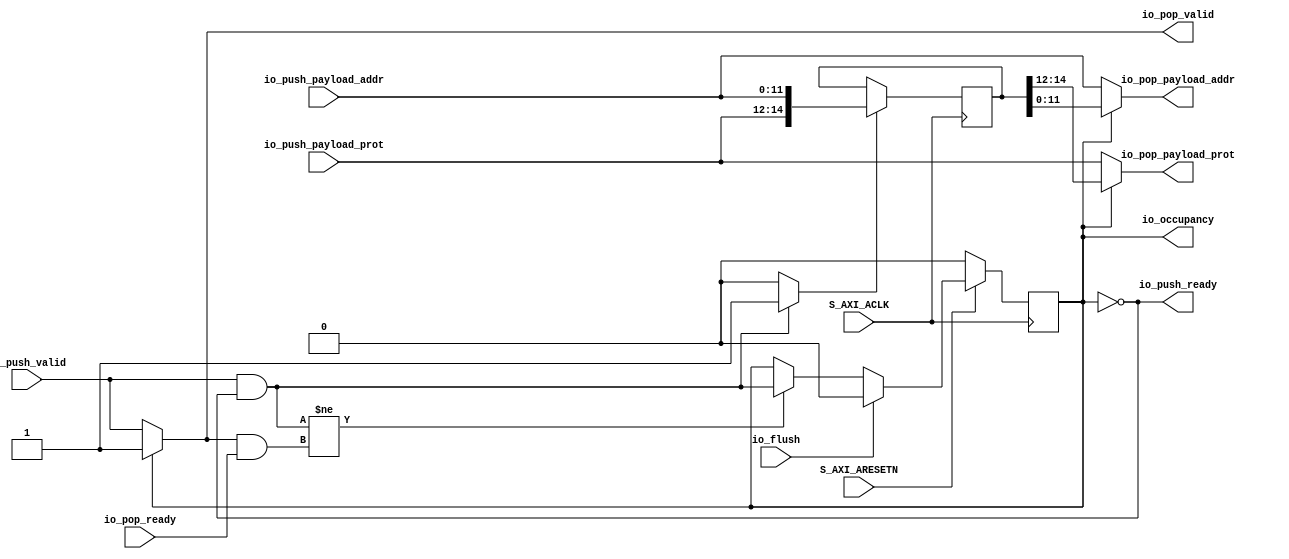
// Generator : SpinalHDL v1.3.6    git head : 10854057c32ae371aabc9a340c367e9bbc159fcd
// Component : AXI4LiteSlave


module StreamFifoLowLatency (
      input   io_push_valid,
      output  io_push_ready,
      input  [11:0] io_push_payload_addr,
      input  [2:0] io_push_payload_prot,
      output reg  io_pop_valid,
      input   io_pop_ready,
      output reg [11:0] io_pop_payload_addr,
      output reg [2:0] io_pop_payload_prot,
      input   io_flush,
      output [0:0] io_occupancy,
      input   S_AXI_ACLK,
      input   S_AXI_ARESETN);
  wire  _zz_5_;
  reg  _zz_1_;
  reg  pushPtr_willIncrement;
  reg  pushPtr_willClear;
  wire  pushPtr_willOverflowIfInc;
  wire  pushPtr_willOverflow;
  reg  popPtr_willIncrement;
  reg  popPtr_willClear;
  wire  popPtr_willOverflowIfInc;
  wire  popPtr_willOverflow;
  wire  ptrMatch;
  reg  risingOccupancy;
  wire  empty;
  wire  full;
  wire  pushing;
  wire  popping;
  wire [14:0] _zz_2_;
  wire [14:0] _zz_3_;
  reg [14:0] _zz_4_;
  assign _zz_5_ = (! empty);
  always @ (*) begin
    _zz_1_ = 1'b0;
    if(pushing)begin
      _zz_1_ = 1'b1;
    end
  end

  always @ (*) begin
    pushPtr_willIncrement = 1'b0;
    if(pushing)begin
      pushPtr_willIncrement = 1'b1;
    end
  end

  always @ (*) begin
    pushPtr_willClear = 1'b0;
    if(io_flush)begin
      pushPtr_willClear = 1'b1;
    end
  end

  assign pushPtr_willOverflowIfInc = 1'b1;
  assign pushPtr_willOverflow = (pushPtr_willOverflowIfInc && pushPtr_willIncrement);
  always @ (*) begin
    popPtr_willIncrement = 1'b0;
    if(popping)begin
      popPtr_willIncrement = 1'b1;
    end
  end

  always @ (*) begin
    popPtr_willClear = 1'b0;
    if(io_flush)begin
      popPtr_willClear = 1'b1;
    end
  end

  assign popPtr_willOverflowIfInc = 1'b1;
  assign popPtr_willOverflow = (popPtr_willOverflowIfInc && popPtr_willIncrement);
  assign ptrMatch = 1'b1;
  assign empty = (ptrMatch && (! risingOccupancy));
  assign full = (ptrMatch && risingOccupancy);
  assign pushing = (io_push_valid && io_push_ready);
  assign popping = (io_pop_valid && io_pop_ready);
  assign io_push_ready = (! full);
  always @ (*) begin
    if(_zz_5_)begin
      io_pop_valid = 1'b1;
    end else begin
      io_pop_valid = io_push_valid;
    end
  end

  assign _zz_2_ = _zz_3_;
  always @ (*) begin
    if(_zz_5_)begin
      io_pop_payload_addr = _zz_2_[11 : 0];
    end else begin
      io_pop_payload_addr = io_push_payload_addr;
    end
  end

  always @ (*) begin
    if(_zz_5_)begin
      io_pop_payload_prot = _zz_2_[14 : 12];
    end else begin
      io_pop_payload_prot = io_push_payload_prot;
    end
  end

  assign io_occupancy = (risingOccupancy && ptrMatch);
  assign _zz_3_ = _zz_4_;
  always @ (posedge S_AXI_ACLK) begin
    if(!S_AXI_ARESETN) begin
      risingOccupancy <= 1'b0;
    end else begin
      if((pushing != popping))begin
        risingOccupancy <= pushing;
      end
      if(io_flush)begin
        risingOccupancy <= 1'b0;
      end
    end
  end

  always @ (posedge S_AXI_ACLK) begin
    if(_zz_1_)begin
      _zz_4_ <= {io_push_payload_prot,io_push_payload_addr};
    end
  end

endmodule

module StreamFifoLowLatency_1_ (
      input   io_push_valid,
      output  io_push_ready,
      input  [31:0] io_push_payload_data,
      input  [3:0] io_push_payload_strobe,
      output reg  io_pop_valid,
      input   io_pop_ready,
      output reg [31:0] io_pop_payload_data,
      output reg [3:0] io_pop_payload_strobe,
      input   io_flush,
      output [0:0] io_occupancy,
      input   S_AXI_ACLK,
      input   S_AXI_ARESETN);
  wire  _zz_5_;
  reg  _zz_1_;
  reg  pushPtr_willIncrement;
  reg  pushPtr_willClear;
  wire  pushPtr_willOverflowIfInc;
  wire  pushPtr_willOverflow;
  reg  popPtr_willIncrement;
  reg  popPtr_willClear;
  wire  popPtr_willOverflowIfInc;
  wire  popPtr_willOverflow;
  wire  ptrMatch;
  reg  risingOccupancy;
  wire  empty;
  wire  full;
  wire  pushing;
  wire  popping;
  wire [35:0] _zz_2_;
  wire [35:0] _zz_3_;
  reg [35:0] _zz_4_;
  assign _zz_5_ = (! empty);
  always @ (*) begin
    _zz_1_ = 1'b0;
    if(pushing)begin
      _zz_1_ = 1'b1;
    end
  end

  always @ (*) begin
    pushPtr_willIncrement = 1'b0;
    if(pushing)begin
      pushPtr_willIncrement = 1'b1;
    end
  end

  always @ (*) begin
    pushPtr_willClear = 1'b0;
    if(io_flush)begin
      pushPtr_willClear = 1'b1;
    end
  end

  assign pushPtr_willOverflowIfInc = 1'b1;
  assign pushPtr_willOverflow = (pushPtr_willOverflowIfInc && pushPtr_willIncrement);
  always @ (*) begin
    popPtr_willIncrement = 1'b0;
    if(popping)begin
      popPtr_willIncrement = 1'b1;
    end
  end

  always @ (*) begin
    popPtr_willClear = 1'b0;
    if(io_flush)begin
      popPtr_willClear = 1'b1;
    end
  end

  assign popPtr_willOverflowIfInc = 1'b1;
  assign popPtr_willOverflow = (popPtr_willOverflowIfInc && popPtr_willIncrement);
  assign ptrMatch = 1'b1;
  assign empty = (ptrMatch && (! risingOccupancy));
  assign full = (ptrMatch && risingOccupancy);
  assign pushing = (io_push_valid && io_push_ready);
  assign popping = (io_pop_valid && io_pop_ready);
  assign io_push_ready = (! full);
  always @ (*) begin
    if(_zz_5_)begin
      io_pop_valid = 1'b1;
    end else begin
      io_pop_valid = io_push_valid;
    end
  end

  assign _zz_2_ = _zz_3_;
  always @ (*) begin
    if(_zz_5_)begin
      io_pop_payload_data = _zz_2_[31 : 0];
    end else begin
      io_pop_payload_data = io_push_payload_data;
    end
  end

  always @ (*) begin
    if(_zz_5_)begin
      io_pop_payload_strobe = _zz_2_[35 : 32];
    end else begin
      io_pop_payload_strobe = io_push_payload_strobe;
    end
  end

  assign io_occupancy = (risingOccupancy && ptrMatch);
  assign _zz_3_ = _zz_4_;
  always @ (posedge S_AXI_ACLK) begin
    if(!S_AXI_ARESETN) begin
      risingOccupancy <= 1'b0;
    end else begin
      if((pushing != popping))begin
        risingOccupancy <= pushing;
      end
      if(io_flush)begin
        risingOccupancy <= 1'b0;
      end
    end
  end

  always @ (posedge S_AXI_ACLK) begin
    if(_zz_1_)begin
      _zz_4_ <= {io_push_payload_strobe,io_push_payload_data};
    end
  end

endmodule

module StreamFifo (
      input   io_push_valid,
      output  io_push_ready,
      input  [1:0] io_push_payload,
      output  io_pop_valid,
      input   io_pop_ready,
      output [1:0] io_pop_payload,
      input   io_flush,
      output [0:0] io_occupancy,
      output [0:0] io_availability,
      input   S_AXI_ACLK,
      input   S_AXI_ARESETN);
  wire  io_push_m2sPipe_valid;
  wire  io_push_m2sPipe_ready;
  wire [1:0] io_push_m2sPipe_payload;
  reg  _zz_1_;
  reg [1:0] _zz_2_;
  assign io_push_ready = ((1'b1 && (! io_push_m2sPipe_valid)) || io_push_m2sPipe_ready);
  assign io_push_m2sPipe_valid = _zz_1_;
  assign io_push_m2sPipe_payload = _zz_2_;
  assign io_pop_valid = io_push_m2sPipe_valid;
  assign io_push_m2sPipe_ready = io_pop_ready;
  assign io_pop_payload = io_push_m2sPipe_payload;
  assign io_occupancy = io_pop_valid;
  assign io_availability = (! io_pop_valid);
  always @ (posedge S_AXI_ACLK) begin
    if(!S_AXI_ARESETN) begin
      _zz_1_ <= 1'b0;
    end else begin
      if(io_push_ready)begin
        _zz_1_ <= io_push_valid;
      end
      if(io_flush)begin
        _zz_1_ <= 1'b0;
      end
    end
  end

  always @ (posedge S_AXI_ACLK) begin
    if(io_push_ready)begin
      _zz_2_ <= io_push_payload;
    end
  end

endmodule


//StreamFifoLowLatency_2_ remplaced by StreamFifoLowLatency

module StreamFifo_1_ (
      input   io_push_valid,
      output  io_push_ready,
      input  [31:0] io_push_payload_data,
      input  [1:0] io_push_payload_resp,
      output  io_pop_valid,
      input   io_pop_ready,
      output [31:0] io_pop_payload_data,
      output [1:0] io_pop_payload_resp,
      input   io_flush,
      output [0:0] io_occupancy,
      output [0:0] io_availability,
      input   S_AXI_ACLK,
      input   S_AXI_ARESETN);
  wire  io_push_m2sPipe_valid;
  wire  io_push_m2sPipe_ready;
  wire [31:0] io_push_m2sPipe_payload_data;
  wire [1:0] io_push_m2sPipe_payload_resp;
  reg  _zz_1_;
  reg [31:0] _zz_2_;
  reg [1:0] _zz_3_;
  assign io_push_ready = ((1'b1 && (! io_push_m2sPipe_valid)) || io_push_m2sPipe_ready);
  assign io_push_m2sPipe_valid = _zz_1_;
  assign io_push_m2sPipe_payload_data = _zz_2_;
  assign io_push_m2sPipe_payload_resp = _zz_3_;
  assign io_pop_valid = io_push_m2sPipe_valid;
  assign io_push_m2sPipe_ready = io_pop_ready;
  assign io_pop_payload_data = io_push_m2sPipe_payload_data;
  assign io_pop_payload_resp = io_push_m2sPipe_payload_resp;
  assign io_occupancy = io_pop_valid;
  assign io_availability = (! io_pop_valid);
  always @ (posedge S_AXI_ACLK) begin
    if(!S_AXI_ARESETN) begin
      _zz_1_ <= 1'b0;
    end else begin
      if(io_push_ready)begin
        _zz_1_ <= io_push_valid;
      end
      if(io_flush)begin
        _zz_1_ <= 1'b0;
      end
    end
  end

  always @ (posedge S_AXI_ACLK) begin
    if(io_push_ready)begin
      _zz_2_ <= io_push_payload_data;
      _zz_3_ <= io_push_payload_resp;
    end
  end

endmodule

module AXI4LiteSlave (
      input   S_AXI_ARVALID,
      output reg  S_AXI_ARREADY,
      input  [11:0] S_AXI_ARADDR,
      input  [2:0] S_AXI_ARPROT,
      output reg  S_AXI_RVALID,
      input   S_AXI_RREADY,
      output [31:0] S_AXI_RDATA,
      output [1:0] S_AXI_RRESP,
      input   S_AXI_AWVALID,
      output reg  S_AXI_AWREADY,
      input  [11:0] S_AXI_AWADDR,
      input  [2:0] S_AXI_AWPROT,
      input   S_AXI_WVALID,
      output reg  S_AXI_WREADY,
      input  [31:0] S_AXI_WDATA,
      input  [3:0] S_AXI_WSTRB,
      output reg  S_AXI_BVALID,
      input   S_AXI_BREADY,
      output [1:0] S_AXI_BRESP,
      input   S_AXI_ARESETN,
      input   S_AXI_ACLK);
  wire  _zz_2_;
  wire  _zz_3_;
  wire [1:0] _zz_4_;
  wire  _zz_5_;
  wire  _zz_6_;
  reg [31:0] _zz_7_;
  wire [1:0] _zz_8_;
  wire  _zz_9_;
  wire  io_writeAddress_fifo_io_push_ready;
  wire  io_writeAddress_fifo_io_pop_valid;
  wire [11:0] io_writeAddress_fifo_io_pop_payload_addr;
  wire [2:0] io_writeAddress_fifo_io_pop_payload_prot;
  wire [0:0] io_writeAddress_fifo_io_occupancy;
  wire  io_writeData_fifo_io_push_ready;
  wire  io_writeData_fifo_io_pop_valid;
  wire [31:0] io_writeData_fifo_io_pop_payload_data;
  wire [3:0] io_writeData_fifo_io_pop_payload_strobe;
  wire [0:0] io_writeData_fifo_io_occupancy;
  wire  input_writeResponse_io_push_ready;
  wire  input_writeResponse_io_pop_valid;
  wire [1:0] input_writeResponse_io_pop_payload;
  wire [0:0] input_writeResponse_io_occupancy;
  wire [0:0] input_writeResponse_io_availability;
  wire  io_readAddress_fifo_io_push_ready;
  wire  io_readAddress_fifo_io_pop_valid;
  wire [11:0] io_readAddress_fifo_io_pop_payload_addr;
  wire [2:0] io_readAddress_fifo_io_pop_payload_prot;
  wire [0:0] io_readAddress_fifo_io_occupancy;
  wire  output_readData_io_push_ready;
  wire  output_readData_io_pop_valid;
  wire [31:0] output_readData_io_pop_payload_data;
  wire [1:0] output_readData_io_pop_payload_resp;
  wire [0:0] output_readData_io_occupancy;
  wire [0:0] output_readData_io_availability;
  wire  _zz_10_;
  wire [15:0] _zz_11_;
  wire [15:0] _zz_12_;
  wire [0:0] _zz_13_;
  wire [31:0] _zz_14_;
  wire  input_transaction_valid;
  wire  input_transaction_ready;
  wire  _zz_1_;
  reg [31:0] input_inputSquared;
  reg  output_counter_willIncrement;
  wire  output_counter_willClear;
  reg [31:0] output_counter_valueNext;
  reg [31:0] output_counter_value;
  wire  output_counter_willOverflowIfInc;
  wire  output_counter_willOverflow;
  function  zz_output_counter_willIncrement(input dummy);
    begin
      zz_output_counter_willIncrement = 1'b0;
      zz_output_counter_willIncrement = 1'b1;
    end
  endfunction
  wire  _zz_15_;
  assign _zz_10_ = (! S_AXI_ARESETN);
  assign _zz_11_ = io_writeData_fifo_io_pop_payload_data[15:0];
  assign _zz_12_ = io_writeData_fifo_io_pop_payload_data[15:0];
  assign _zz_13_ = output_counter_willIncrement;
  assign _zz_14_ = {31'd0, _zz_13_};
  StreamFifoLowLatency io_writeAddress_fifo ( 
    .io_push_valid(S_AXI_AWVALID),
    .io_push_ready(io_writeAddress_fifo_io_push_ready),
    .io_push_payload_addr(S_AXI_AWADDR),
    .io_push_payload_prot(S_AXI_AWPROT),
    .io_pop_valid(io_writeAddress_fifo_io_pop_valid),
    .io_pop_ready(_zz_1_),
    .io_pop_payload_addr(io_writeAddress_fifo_io_pop_payload_addr),
    .io_pop_payload_prot(io_writeAddress_fifo_io_pop_payload_prot),
    .io_flush(_zz_2_),
    .io_occupancy(io_writeAddress_fifo_io_occupancy),
    .S_AXI_ACLK(S_AXI_ACLK),
    .S_AXI_ARESETN(S_AXI_ARESETN) 
  );
  StreamFifoLowLatency_1_ io_writeData_fifo ( 
    .io_push_valid(S_AXI_WVALID),
    .io_push_ready(io_writeData_fifo_io_push_ready),
    .io_push_payload_data(S_AXI_WDATA),
    .io_push_payload_strobe(S_AXI_WSTRB),
    .io_pop_valid(io_writeData_fifo_io_pop_valid),
    .io_pop_ready(_zz_1_),
    .io_pop_payload_data(io_writeData_fifo_io_pop_payload_data),
    .io_pop_payload_strobe(io_writeData_fifo_io_pop_payload_strobe),
    .io_flush(_zz_3_),
    .io_occupancy(io_writeData_fifo_io_occupancy),
    .S_AXI_ACLK(S_AXI_ACLK),
    .S_AXI_ARESETN(S_AXI_ARESETN) 
  );
  StreamFifo input_writeResponse ( 
    .io_push_valid(input_transaction_valid),
    .io_push_ready(input_writeResponse_io_push_ready),
    .io_push_payload(_zz_4_),
    .io_pop_valid(input_writeResponse_io_pop_valid),
    .io_pop_ready(S_AXI_BREADY),
    .io_pop_payload(input_writeResponse_io_pop_payload),
    .io_flush(_zz_5_),
    .io_occupancy(input_writeResponse_io_occupancy),
    .io_availability(input_writeResponse_io_availability),
    .S_AXI_ACLK(S_AXI_ACLK),
    .S_AXI_ARESETN(S_AXI_ARESETN) 
  );
  StreamFifoLowLatency io_readAddress_fifo ( 
    .io_push_valid(S_AXI_ARVALID),
    .io_push_ready(io_readAddress_fifo_io_push_ready),
    .io_push_payload_addr(S_AXI_ARADDR),
    .io_push_payload_prot(S_AXI_ARPROT),
    .io_pop_valid(io_readAddress_fifo_io_pop_valid),
    .io_pop_ready(output_readData_io_push_ready),
    .io_pop_payload_addr(io_readAddress_fifo_io_pop_payload_addr),
    .io_pop_payload_prot(io_readAddress_fifo_io_pop_payload_prot),
    .io_flush(_zz_6_),
    .io_occupancy(io_readAddress_fifo_io_occupancy),
    .S_AXI_ACLK(S_AXI_ACLK),
    .S_AXI_ARESETN(S_AXI_ARESETN) 
  );
  StreamFifo_1_ output_readData ( 
    .io_push_valid(io_readAddress_fifo_io_pop_valid),
    .io_push_ready(output_readData_io_push_ready),
    .io_push_payload_data(_zz_7_),
    .io_push_payload_resp(_zz_8_),
    .io_pop_valid(output_readData_io_pop_valid),
    .io_pop_ready(S_AXI_RREADY),
    .io_pop_payload_data(output_readData_io_pop_payload_data),
    .io_pop_payload_resp(output_readData_io_pop_payload_resp),
    .io_flush(_zz_9_),
    .io_occupancy(output_readData_io_occupancy),
    .io_availability(output_readData_io_availability),
    .S_AXI_ACLK(S_AXI_ACLK),
    .S_AXI_ARESETN(S_AXI_ARESETN) 
  );
  always @ (*) begin
    S_AXI_AWREADY = io_writeAddress_fifo_io_push_ready;
    if(_zz_10_)begin
      S_AXI_AWREADY = 1'b0;
    end
  end

  always @ (*) begin
    S_AXI_WREADY = io_writeData_fifo_io_push_ready;
    if(_zz_10_)begin
      S_AXI_WREADY = 1'b0;
    end
  end

  assign _zz_1_ = (input_transaction_valid && input_transaction_ready);
  assign input_transaction_valid = (io_writeAddress_fifo_io_pop_valid && io_writeData_fifo_io_pop_valid);
  assign input_transaction_ready = input_writeResponse_io_push_ready;
  assign _zz_4_ = (2'b00);
  always @ (*) begin
    S_AXI_BVALID = input_writeResponse_io_pop_valid;
    if(_zz_10_)begin
      S_AXI_BVALID = 1'b0;
    end
  end

  assign S_AXI_BRESP = input_writeResponse_io_pop_payload;
  assign _zz_15_ = zz_output_counter_willIncrement(1'b0);
  always @ (*) output_counter_willIncrement = _zz_15_;
  assign output_counter_willClear = 1'b0;
  assign output_counter_willOverflowIfInc = (output_counter_value == (32'b11111111111111111111111111111111));
  assign output_counter_willOverflow = (output_counter_willOverflowIfInc && output_counter_willIncrement);
  always @ (*) begin
    output_counter_valueNext = (output_counter_value + _zz_14_);
    if(output_counter_willClear)begin
      output_counter_valueNext = (32'b00000000000000000000000000000000);
    end
  end

  always @ (*) begin
    S_AXI_ARREADY = io_readAddress_fifo_io_push_ready;
    if(_zz_10_)begin
      S_AXI_ARREADY = 1'b0;
    end
  end

  always @ (*) begin
    S_AXI_RVALID = output_readData_io_pop_valid;
    if(_zz_10_)begin
      S_AXI_RVALID = 1'b0;
    end
  end

  assign S_AXI_RDATA = output_readData_io_pop_payload_data;
  assign S_AXI_RRESP = output_readData_io_pop_payload_resp;
  assign _zz_8_ = (2'b00);
  always @ (*) begin
    case(io_readAddress_fifo_io_pop_payload_addr)
      12'b000000000000 : begin
        _zz_7_ = (32'b00000000000000000000000000000100);
      end
      12'b000000000100 : begin
        _zz_7_ = input_inputSquared;
      end
      12'b000000001000 : begin
        _zz_7_ = output_counter_value;
      end
      default : begin
        _zz_7_ = (32'b00000000000000000000000000000000);
      end
    endcase
  end

  assign _zz_2_ = 1'b0;
  assign _zz_3_ = 1'b0;
  assign _zz_5_ = 1'b0;
  assign _zz_6_ = 1'b0;
  assign _zz_9_ = 1'b0;
  always @ (posedge S_AXI_ACLK) begin
    if(((input_transaction_valid && input_transaction_ready) && (io_writeAddress_fifo_io_pop_payload_addr == (12'b000000000100))))begin
      input_inputSquared <= (_zz_11_ * _zz_12_);
    end
  end

  always @ (posedge S_AXI_ACLK) begin
    if(!S_AXI_ARESETN) begin
      output_counter_value <= (32'b00000000000000000000000000000000);
    end else begin
      output_counter_value <= output_counter_valueNext;
    end
  end

endmodule